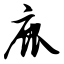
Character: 鹿